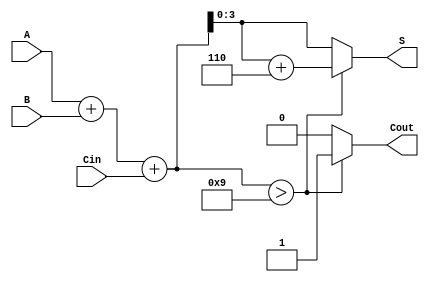
module BCD_Hybrid_Adder (
    input [3:0] A,      // First BCD input
    input [3:0] B,      // Second BCD input
    input Cin,          // Carry-in
    output reg [3:0] S, // BCD sum output
    output reg Cout     // Carry-out
);

    wire [4:0] Temp;    // 5-bit temporary sum to hold A + B + Cin

    // Step 1: Binary addition of A, B, and Cin
    assign Temp = A + B + Cin;

    // Step 2: BCD correction logic
    always @(*) begin
        if (Temp > 9) begin
            S = Temp + 6; // Adjust for BCD correction
            Cout = 1;     // Set carry-out
        end else begin
            S = Temp;     // No adjustment needed
            Cout = 0;     // No carry-out
        end
    end

endmodule